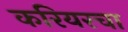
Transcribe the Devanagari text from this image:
करियरचा